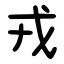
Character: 戎